Annual report on the working of the lock hospitals in the Central Provinces
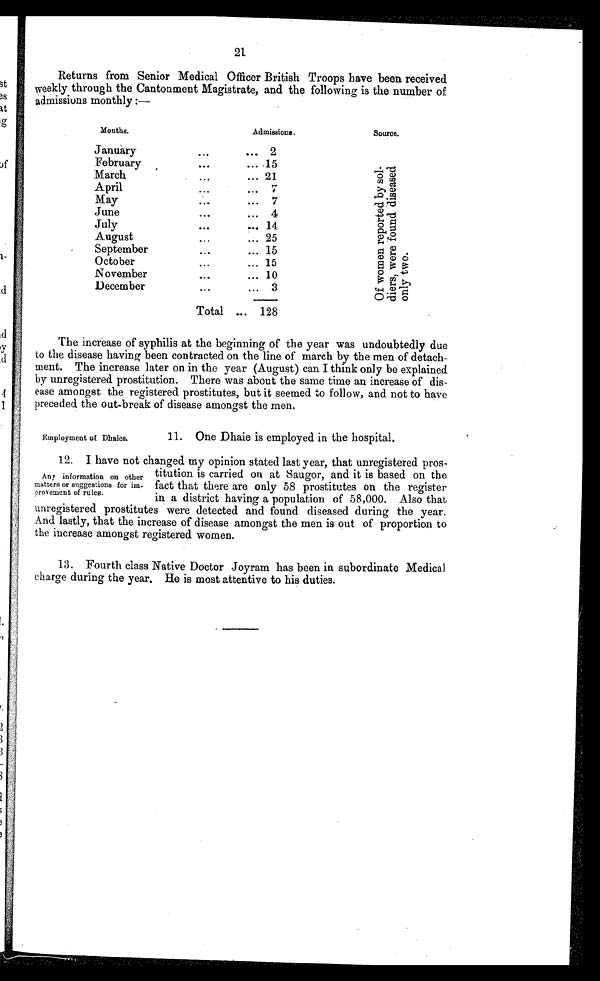
21
Returns from Senior Medical Officer British Troops have been received
weekly through the Cantonment Magistrate, and the following is the number of
admissions monthly :—
Months.
Admissions.
Source.
January
...
... 2
O f w o m a n r e p o r t e d b y s o l d i e r s w e r e f o u n d d i s e a s e d o n l y t w o .
February ...
... 15
March
...
... 21
April
...
... 7
May
...
... 7
June
...
... 4
July
...
... 14
August
...
... 25
September
...
... 15
October
...
... 15
November
...
... 10
December
...
... 3
4____..
Total ... 128
The increase of syphilis at the beginning of the year was undoubtedly due
to the disease having been contracted on the line of march by the men of detach-
ment. The increase later on in the year (August) can I think only be explained
by unregistered prostitution. There was about the same time an increase of dis-
ease amongst the registered prostitutes, but it seemed to follow, and not to have
preceded the out-break of disease amongst the men.
Employment of Dhaies.
11. One Dhaie is employed in the hospital.
12. I have not changed my opinion stated last year, that unregistered pros-
titution is carried on at Saugor, and it is based on the
fact that there are only 58 prostitutes on the register
in a district having a population of 58,000. Also that
unregistered prostitutes were detected and found diseased during the year.
And lastly, that the increase of disease amongst the men is out of proportion to
the increase amongst registered women.
13. Fourth class Native Doctor Joyram has been in subordinate Medical
charge during the year. He is most attentive to his duties.
Any information on other
matters or suggestions for im-
provement of rules.s